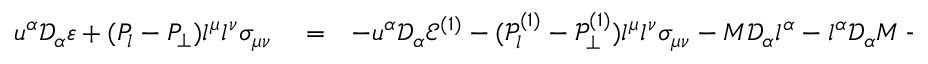
\begin{array} { r l r } { u ^ { \alpha } \mathcal { D } _ { \alpha } \varepsilon + ( P _ { l } - P _ { \perp } ) l ^ { \mu } l ^ { \nu } \sigma _ { \mu \nu } } & { { } = } & { - u ^ { \alpha } \mathcal { D } _ { \alpha } \mathcal { E } ^ { ( 1 ) } - ( \mathcal { P } _ { l } ^ { ( 1 ) } - \mathcal { P } _ { \perp } ^ { ( 1 ) } ) l ^ { \mu } l ^ { \nu } \sigma _ { \mu \nu } - M \mathcal { D } _ { \alpha } l ^ { \alpha } - l ^ { \alpha } \mathcal { D } _ { \alpha } M - \mathcal { D } _ { \nu } W _ { \perp u } ^ { \nu } } \end{array}